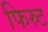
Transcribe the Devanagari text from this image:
फिस्र्ट